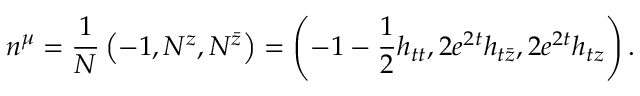
n ^ { \mu } = { \frac { 1 } { N } } \left( - 1 , N ^ { z } , N ^ { \bar { z } } \right) = \left( - 1 - { \frac { 1 } { 2 } } h _ { t t } , 2 e ^ { 2 t } h _ { t \bar { z } } , 2 e ^ { 2 t } h _ { t z } \right) .